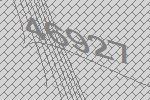
46927